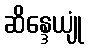
ဆိန္ဒေယျုံ